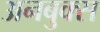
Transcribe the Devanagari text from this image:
अनबुक्स